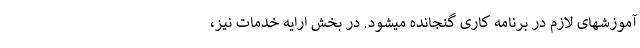
آموزشهای لازم در برنامه کاری گنجانده میشود. در بخش ارایه خدمات نیز،